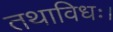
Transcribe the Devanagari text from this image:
तथाविधः।